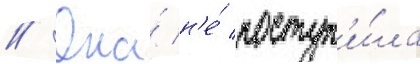
// Она́ н'е́ поступ'и́ла